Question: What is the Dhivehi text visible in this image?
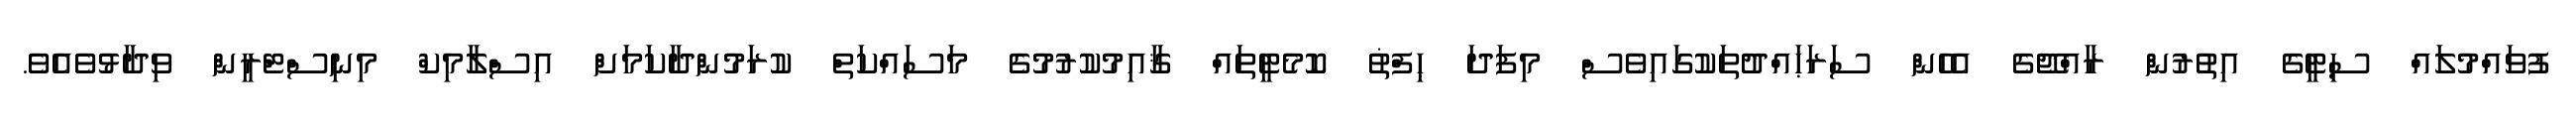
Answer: ފުވައްމުލައް ސިޓީގެ އިތުރުން ރާއްޖޭގެ އެހެން ސަރަޙައްދުތަކުގައިވެސް މިފަދަ ޙިފްޡު ކޮމެޓީތައް ޤާއިމުކުރުމުގެ މަސައްކަތް ކުރަމުންދާކަމަށް އިސްލާމިކް މިނިސްޓްރީން ވިދާޅުވެއެވެ.